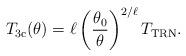
LaTeX: \begin{align*}T_\mathrm{3c}(\theta) = \ell \left( \frac{\theta_0}{\theta} \right)^{2/\ell}T_\mathrm{TRN}.\end{align*}